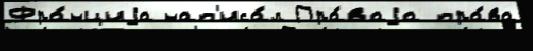
Фра́нциjа нап'иса́л Пра́ваjа пра́ва